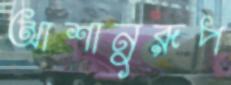
আশানুরূপ